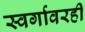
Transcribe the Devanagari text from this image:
स्वर्गावरही